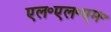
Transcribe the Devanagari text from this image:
एल॰एल॰एम॰